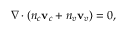
\nabla \cdot \left( n _ { c } \mathbf { v } _ { c } + n _ { v } \mathbf { v } _ { v } \right) = 0 ,